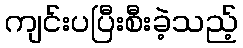
ကျင်းပပြီးစီးခဲ့သည့်